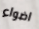
اضواء